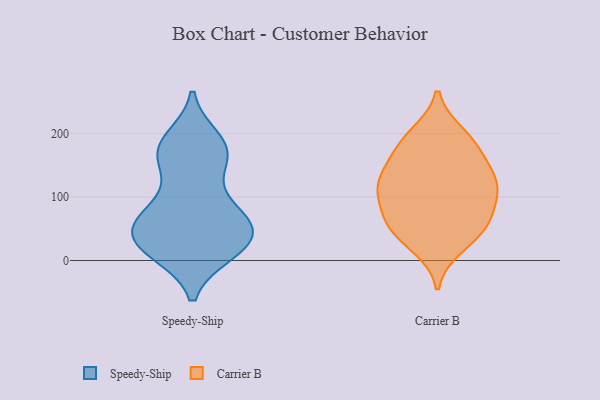
{"axis": {"x": "Demand Index", "y": "Value"}, "legend": ["Carrier B", "Speedy-Ship"], "data": [{"x": "", "y": 159, "type": "Speedy-Ship"}, {"x": "", "y": 56, "type": "Speedy-Ship"}, {"x": "", "y": 23, "type": "Speedy-Ship"}, {"x": "", "y": 190, "type": "Speedy-Ship"}, {"x": "", "y": 13, "type": "Speedy-Ship"}, {"x": "", "y": 176, "type": "Speedy-Ship"}, {"x": "", "y": 163, "type": "Speedy-Ship"}, {"x": "", "y": 82, "type": "Speedy-Ship"}, {"x": "", "y": 167, "type": "Speedy-Ship"}, {"x": "", "y": 24, "type": "Speedy-Ship"}, {"x": "", "y": 16, "type": "Speedy-Ship"}, {"x": "", "y": 182, "type": "Speedy-Ship"}, {"x": "", "y": 57, "type": "Speedy-Ship"}, {"x": "", "y": 65, "type": "Speedy-Ship"}, {"x": "", "y": 104, "type": "Speedy-Ship"}, {"x": "", "y": 58, "type": "Speedy-Ship"}, {"x": "", "y": 40, "type": "Speedy-Ship"}, {"x": "", "y": 17, "type": "Speedy-Ship"}, {"x": "", "y": 56, "type": "Speedy-Ship"}, {"x": "", "y": 38, "type": "Carrier B"}, {"x": "", "y": 53, "type": "Carrier B"}, {"x": "", "y": 184, "type": "Carrier B"}, {"x": "", "y": 108, "type": "Carrier B"}, {"x": "", "y": 122, "type": "Carrier B"}, {"x": "", "y": 162, "type": "Carrier B"}, {"x": "", "y": 199, "type": "Carrier B"}, {"x": "", "y": 109, "type": "Carrier B"}, {"x": "", "y": 77, "type": "Carrier B"}, {"x": "", "y": 125, "type": "Carrier B"}, {"x": "", "y": 61, "type": "Carrier B"}, {"x": "", "y": 22, "type": "Carrier B"}, {"x": "", "y": 62, "type": "Carrier B"}, {"x": "", "y": 189, "type": "Carrier B"}, {"x": "", "y": 118, "type": "Carrier B"}, {"x": "", "y": 143, "type": "Carrier B"}]}